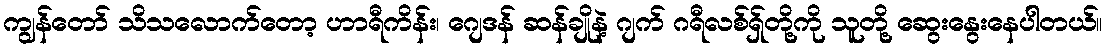
ကျွန်တော် သိသလောက်တော့ ဟာရီကိန်း၊ ဂျေဒန် ဆန်ချိုနဲ့ ဂျက် ဂရီလစ်ရှ်တို့ကို သူတို့ ဆွေးနွေးနေပါတယ်။